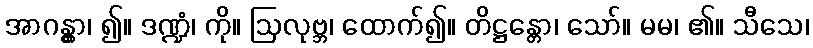
အာဂန္တွာ၊ ၍။ ဒဏ္ဍံ၊ ကို။ ဩလုဗ္ဘ၊ ထောက်၍။ တိဋ္ဌန္တော၊ သော်။ မမ၊ ၏။ သီသေ၊